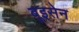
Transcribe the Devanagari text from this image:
बूइसेन